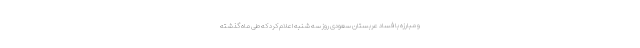
و مبارزه با فساد عربستان سعودی روز سه شنبه اعلام کرد که طی ماه گذشته